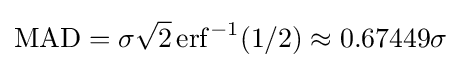
\operatorname {MAD} =\sigma {\sqrt {2}}\operatorname {erf} ^{-1}(1/2)\approx 0.67449\sigma